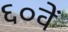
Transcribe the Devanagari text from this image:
६०वें